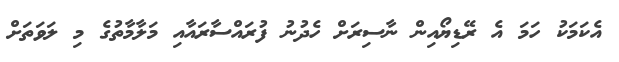
އެކަމަކު ހަމަ އެ ރޭޑިޔޯއިން ނާސިރަށް ހެދުނު ފުރައްސާރައާއި މަލާމާތުގެ މި ލަވަތަށް